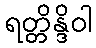
ရတ္တိန္ဒိဝါ